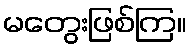
မတွေးဖြစ်ကြ။